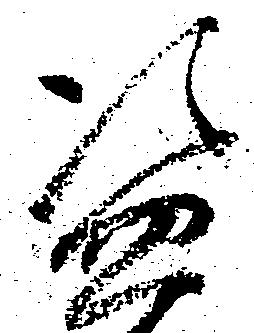
盗